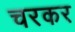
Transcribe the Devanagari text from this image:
चरकर